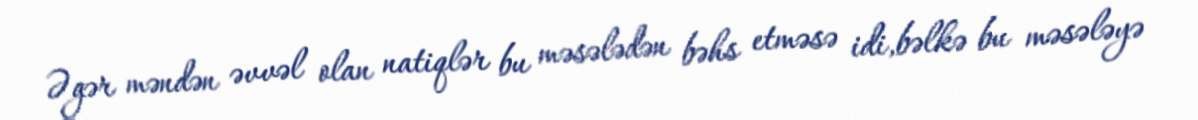
Əgər məndən əvvəl olan natiqlər bu məsələdən bəhs etməsə idi,bəlkə bu məsələyə